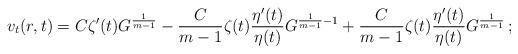
LaTeX: \begin{align*}v_t(r, t)=C \zeta'(t) G^{\frac 1{m-1}}-\frac{C}{m-1}\zeta(t) \frac{\eta'(t)}{\eta(t)}G^{\frac 1{m-1}-1} + \frac{C}{m-1}\zeta(t)\frac{\eta'(t)}{\eta(t)}G^{\frac 1{m-1}}\,;\end{align*}